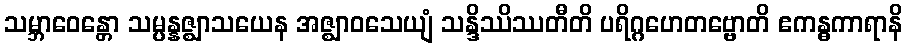
သမ္ဘာဝေန္တော သမ္ပန္နဇ္ဈာသယေန အဇ္ဈာဝသေယျံ သန္ဒိဿိဿတီတိ ပရိဂ္ဂဟေတဗ္ဗောတိ ဧကန္ဓကာရာနိ